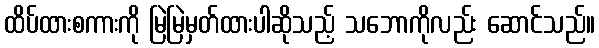
ထိပ်ထားစကားကို မြဲမြဲမှတ်ထားပါဆိုသည့် သဘောကိုလည်း ဆောင်သည်။